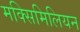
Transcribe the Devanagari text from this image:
मक्सिमिलियन